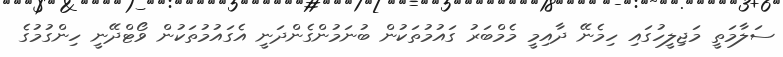
ސަލާމަތީ މަޖިލީހުގައި ހިމެނޭ ދާއިމީ މެމްބަރު ގައުމުތަކުން ބުނަމުންގެންދަނީ އެގައުމުތަކުން ވޯޓްދޭނީ ހިންގުމުގެ